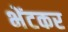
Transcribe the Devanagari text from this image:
भेंटकर